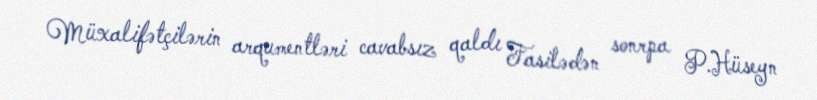
Müxalifətçilərin arqumentləri cavabsız qaldı Fasilədən sonrpa P.Hüseyn